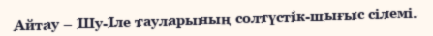
Айтау – Шу-Іле тауларының солтүстік-шығыс сілемі.